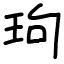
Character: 玽